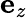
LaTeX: \mathbf{e}_{z}